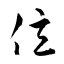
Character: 億